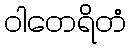
ဝါတေရိတံ